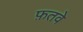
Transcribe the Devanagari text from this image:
फ़तवे